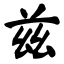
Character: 兹